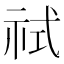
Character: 𰧶